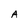
Character: A